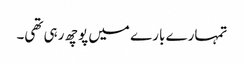
تمہارے بارے میں پوچھ رہی تھی۔